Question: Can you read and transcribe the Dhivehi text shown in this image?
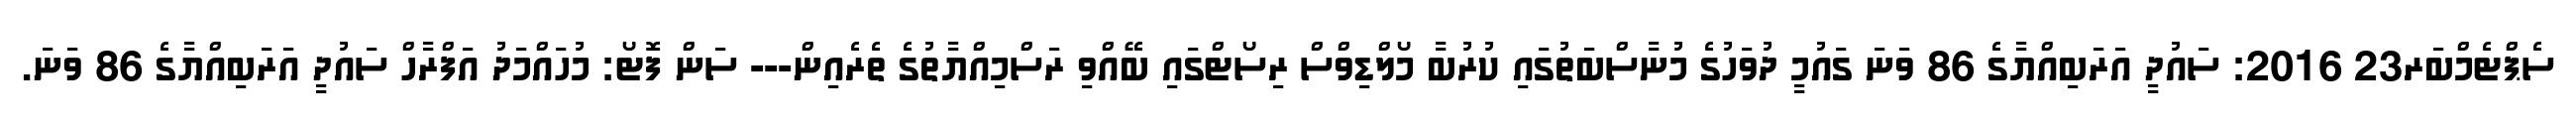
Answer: ސެޕްޓެމްބަރ23 2016: ސައުދީ އަރަބިއްޔާގެ 86 ވަނަ ގައުމީ ދުވަހުގެ މުނާސްބަތުގައި ކުރުބާ މޯލްޑިވްސް ރިސޯޓްގައި ބޭއްވި ރަސްމިއްޔާތުގެ ތެރެއިން--- ސަން ފޮޓޯ: މުހައްމަދު އަފްރާހް ސައުދީ އަރަބިއްޔާގެ 86 ވަނަ.